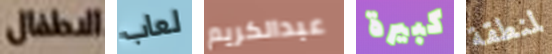
الاطفال لعاب عبدالكريم كبيرة لمنطقة